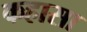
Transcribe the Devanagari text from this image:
कहासा